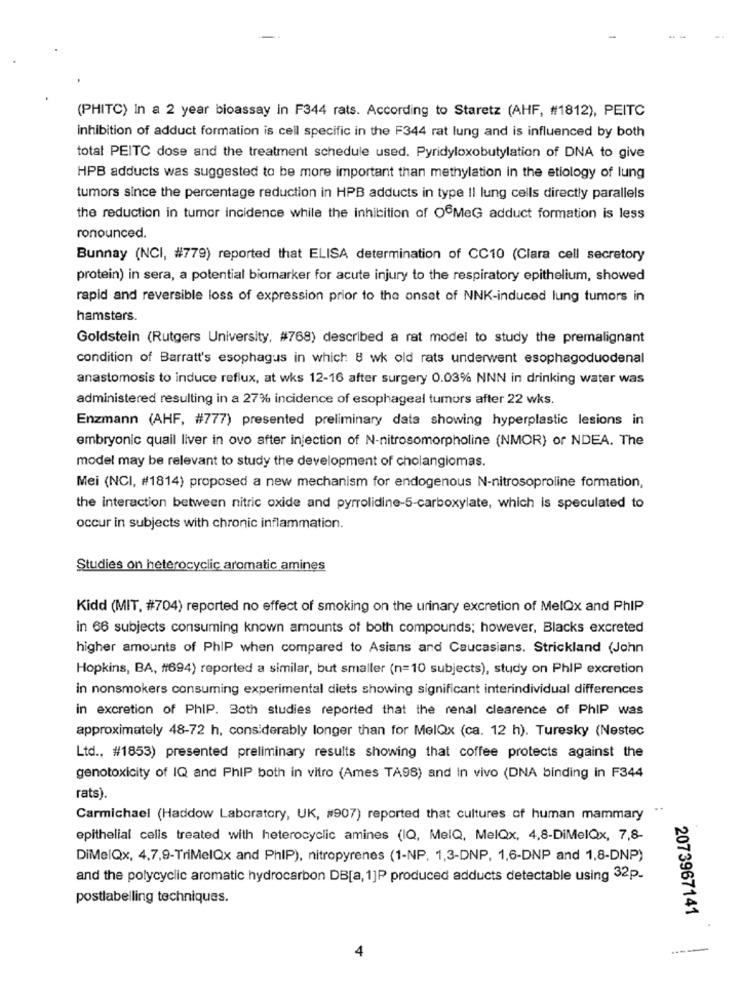
(PHITC) In a 2 year bioassay in F344 rats. According to Staretz (AHF, #1812), PEITC
Inhibition of adduct formation is cell specific in the F344 rat lung and is influenced by both
total PEITC dose and the treatment schedule used. Pyridyloxobutylation of DNA to give
HPB adducts was suggested to be more important than methylation in the etiology of lung
tumors since the percentage reduction in HPB adducts in type Il lung cells directly parallels
the reduction in tumor incidence while the inhibition of OfMeG adduct formation is less
ronounced.
Bunnay (NCI, #779) reported that ELISA determination of CC10 (Clara cell secretory
protein) in sera, a potential biomarker for acute injury to the respiratory epithelium, showed
rapid and reversible loss of expression prior to the onset of NNK-induced lung tumors in
hamsters.
Goldstein (Rutgers University, #768) described a rat model to study the premalignant
condition of Barratt's esophagus in which 8 wk old rats underwent esophagoduodenal
anastomosis to induce reflux, at wks 12-16 after surgery 0.03% NNN in drinking water was
administered resulting in a 27% incidence of esophageal tumors after 22 wks.
Enzmann (AHF, #777) presented preliminary data showing hyperplastic lesions in
embryonic quail liver in ovo after injection of N-nitrosomorpholine (NMOR) or NDEA. The
model may be relevant to study the development of cholangiomas.
Mei (NCI, #1814) proposed a new mechanism for endogenous N-nitrosoproline formation,
the interaction between nitric oxide and pyrrolidine-5-carboxylate, which is speculated to
occur in subjects with chronic inflammation.
Studies on heterocyclic aromatic amines
Kidd (MIT, #704) reported no effect of smoking on the urinary excretion of MelQx and PhIP
in 66 subjects consuming known amounts of both compounds; however, Blacks excreted
higher amounts of PhIP when compared to Asians and Caucasians. Strickland (John
Hopkins, BA, #694) reported a similar, but smaller (n=10 subjects), study on PhIP excretion
in nonsmokers consuming experimental diets showing significant interindividual differences
in excretion of PhIP. Both studies reported that the renal clearence of PhIP was
approximately 48-72 h, considerably longer than for MelQx (ca. 12 h). Turesky (Nestec
Ltd ., #1853) presented preliminary results showing that coffee protects against the
genotoxicity of IQ and PhiP both in vitro (Ames TA98) and In vivo (DNA binding in F344
rats).
..
Carmichael (Haddow Laboratory, UK, #907) reported that cultures of human mammary
epithelial cells treated with heterocyclic amines (IQ, MelQ, MelQx, 4,8-DiMelQx, 7,8-
DiMelQx, 4,7,9-TriMelQx and PhIP), nitropyrenes (1-NP. 1,3-DNP, 1,6-DNP and 1,8-DNP)
and the polycyclic aromatic hydrocarbon DB[a, 1]P produced adducts detectable using 32p.
postlabelling techniques.
2073967141